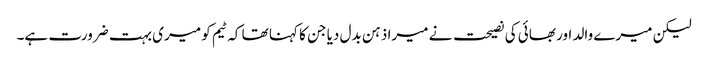
لیکن میرے والد اور بھائی کی نصیحت نے میرا ذہن بدل دیا جن کا کہنا تھا کہ ٹیم کو میری بہت ضرورت ہے۔